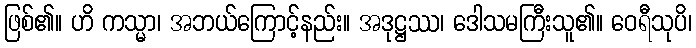
ဖြစ်၏။ ဟိ ကသ္မာ၊ အဘယ်ကြောင့်နည်း။ အဒုဋ္ဌဿ၊ ဒေါသမကြီးသူ၏။ ဝေရီသုပိ၊